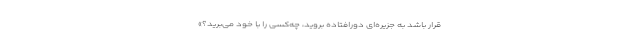
قرار باشد به جزیره‌ای دورافتاده بروید، چه‌کسی را با خود می‌برید؟»